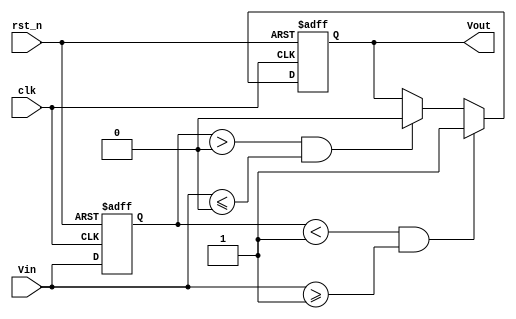
module SchmittTriggerEdgeDetector (
    input wire clk,            // Clock signal for synchronization
    input wire rst_n,          // Active-low reset
    input wire Vin,            // Input signal
    output reg Vout            // Output signal indicating edge detection
);

    // Threshold levels (constants can be parameterized as needed)
    parameter Vth_high = 1'b1; // Upper threshold for rising edge
    parameter Vth_low  = 1'b0; // Lower threshold for falling edge

    // Internal state to hold the previous input value
    reg Vin_prev;

    // Always block for edge detection
    always @(posedge clk or negedge rst_n) begin
        if (!rst_n) begin
            Vout <= 1'b0;        // Reset output
            Vin_prev <= 1'b0;    // Reset previous input
        end else begin
            // Check for rising edge
            if (Vin_prev < Vth_high && Vin >= Vth_high) begin
                Vout <= 1'b1;    // Rising edge detected
            end
            // Check for falling edge
            else if (Vin_prev > Vth_low && Vin <= Vth_low) begin
                Vout <= 1'b0;    // Falling edge detected
            end
            // Maintain the output if within hysteresis
            // No action needed, Vout retains its value

            // Update previous input state
            Vin_prev <= Vin;
        end
    end

endmodule